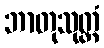
ဘာတုသုတ္တံ